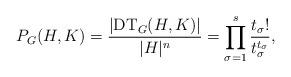
LaTeX: \begin{align*}P_G(H, K) = \frac{\vert \mathrm{DT}_G(H, K)\vert}{\vert H\vert^n} = \prod_{\sigma = 1}^s \frac{t_\sigma!}{t_\sigma^{t_\sigma}},\end{align*}